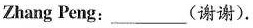
Zhang Peng:_________(谢谢).